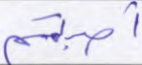
أصبتم